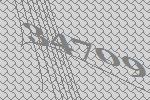
34709